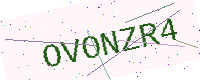
Text: OVONZR4